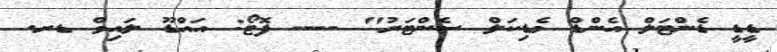
ޑީޑީ ޑެންޓަލް އެންޑް މެޑިކަލް ސެންޓަރު" ---- ފޮޓޯ: އައްޑޫ ލައިވް ޑރ.